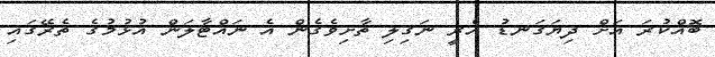
ބޮއްކުރަ އަށް ދިޔަގަނޑު އެރީ ނަގިލި ތާށިވެގެން އެ ނައްޓާލަން އުޅުމުގެ ތެރޭގައި